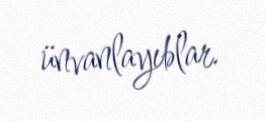
ünvanlayıblar.